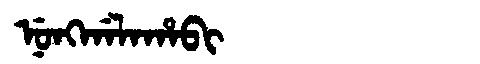
Manchu: ᠨᡠᠩᡤᠠᠯᠠᡥᠠᠪᡳ
Romanization: NUNGGALAHABI